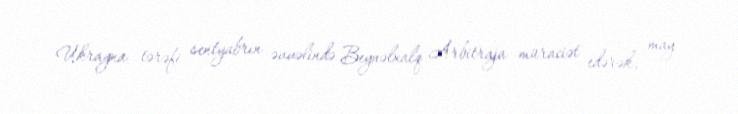
Ukrayna tərəfi sentyabrın əvvəlində Beynəlxalq Arbitraja müraciət edərək, may